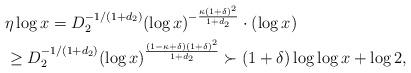
LaTeX: \begin{align*}& \eta \log x = D_2^{-1/(1+d_2)}(\log x)^{-\frac{\kappa(1+\delta)^2}{1+d_2}}\cdot (\log x) \\& \geq D_2^{-1/(1+d_2)} (\log x)^{\frac{(1-\kappa+\delta)(1+\delta)^2}{1+d_2}} \succ (1+\delta)\log\log x + \log 2,\end{align*}